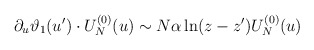
\begin{align*}\partial_u \vartheta_1(u') \cdot U_N^{(0)}(u) \sim N\alpha \ln(z-z')U_N^{(0)}(u)\end{align*}